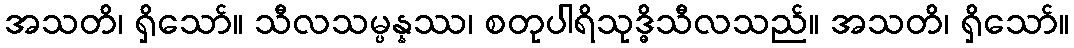
အသတိ၊ ရှိသော်။ သီလသမ္ပန္နဿ၊ စတုပါရိသုဒ္ဓိသီလသည်။ အသတိ၊ ရှိသော်။